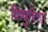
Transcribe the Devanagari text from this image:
विष्णुचित्तार